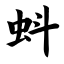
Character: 蚪